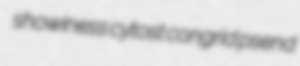
showiness cytost congrid psend